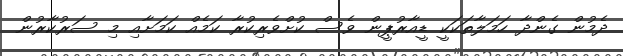
ދެމުން ގެންދާ ހަމަލާތަކަކީ ޑީއާރުޕީން ވެސް ކުށްވެރިކުރާ ކަމެއް ކަމަށާއި މި ސަރުކާރުން